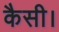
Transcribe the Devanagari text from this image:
कैसी।